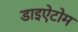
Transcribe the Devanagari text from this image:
डाइऐटोम